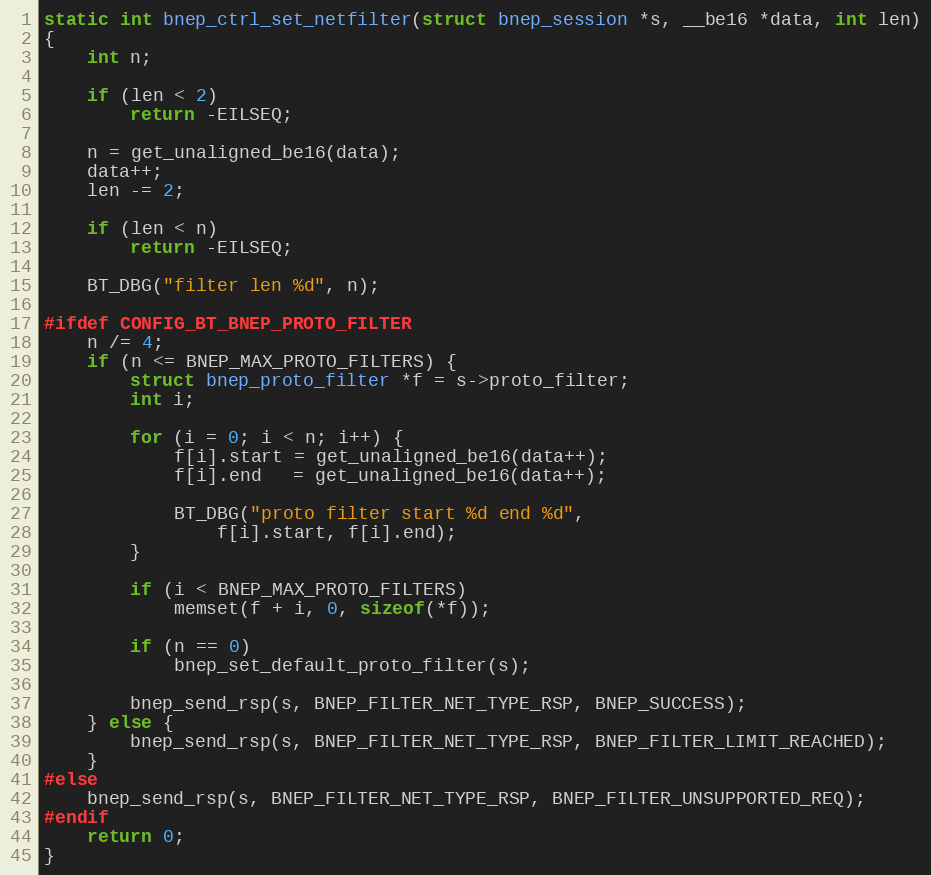
Language: C
static int bnep_ctrl_set_netfilter(struct bnep_session *s, __be16 *data, int len)
{
	int n;

	if (len < 2)
		return -EILSEQ;

	n = get_unaligned_be16(data);
	data++;
	len -= 2;

	if (len < n)
		return -EILSEQ;

	BT_DBG("filter len %d", n);

#ifdef CONFIG_BT_BNEP_PROTO_FILTER
	n /= 4;
	if (n <= BNEP_MAX_PROTO_FILTERS) {
		struct bnep_proto_filter *f = s->proto_filter;
		int i;

		for (i = 0; i < n; i++) {
			f[i].start = get_unaligned_be16(data++);
			f[i].end   = get_unaligned_be16(data++);

			BT_DBG("proto filter start %d end %d",
				f[i].start, f[i].end);
		}

		if (i < BNEP_MAX_PROTO_FILTERS)
			memset(f + i, 0, sizeof(*f));

		if (n == 0)
			bnep_set_default_proto_filter(s);

		bnep_send_rsp(s, BNEP_FILTER_NET_TYPE_RSP, BNEP_SUCCESS);
	} else {
		bnep_send_rsp(s, BNEP_FILTER_NET_TYPE_RSP, BNEP_FILTER_LIMIT_REACHED);
	}
#else
	bnep_send_rsp(s, BNEP_FILTER_NET_TYPE_RSP, BNEP_FILTER_UNSUPPORTED_REQ);
#endif
	return 0;
}